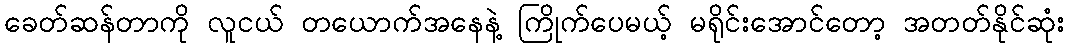
ခေတ်ဆန်တာကို လူငယ် တယောက်အနေနဲ့ ကြိုက်ပေမယ့် မရိုင်းအောင်တော့ အတတ်နိုင်ဆုံး